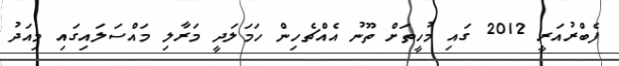
ފެބްރުއަރީ 2012 ގައި މުހީތަށް ތޫނު އެއްޗެހިން ހަމަލަދީ މަރާލި މައްސަލައިގައި މިއަދު